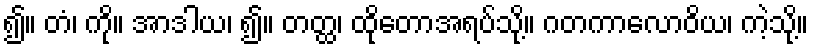
၍။ တံ၊ ကို။ အာဒါယ၊ ၍။ တတ္ထ၊ ထိုတောအရပ်သို့။ ဂတကာလောဝိယ၊ ကဲ့သို့။